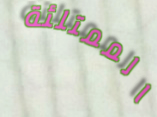
الممتلئة